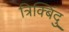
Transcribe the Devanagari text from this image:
त्रिक्बिंदु